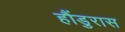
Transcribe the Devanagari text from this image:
हौंडुरास